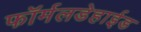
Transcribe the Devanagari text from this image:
फॉर्मलडेहाईड